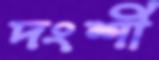
দংশী